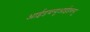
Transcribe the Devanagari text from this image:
आईडब्ल्यूआईडब्ल्यू